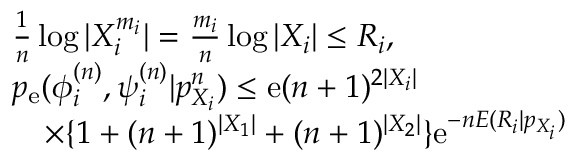
\begin{array} { r l } & { \frac { 1 } { n } \log | { \cal X } _ { i } ^ { m _ { i } } | = \frac { m _ { i } } { n } \log | { \cal X } _ { i } | \leq R _ { i } , } \\ & { p _ { \mathrm { e } } ( \phi _ { i } ^ { ( n ) } , \psi _ { i } ^ { ( n ) } | p _ { X _ { i } } ^ { n } ) \leq \mathrm { e } ( n + 1 ) ^ { 2 | { \cal X } _ { i } | } } \\ & { \quad \times \{ 1 + ( n + 1 ) ^ { | { \cal X } _ { 1 } | } + ( n + 1 ) ^ { | { \cal X } _ { 2 } | } \} \mathrm { e } ^ { - n E ( R _ { i } | p _ { X _ { i } } ) } } \end{array}